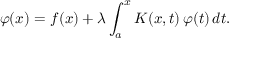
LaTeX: \varphi ( x ) = f ( x ) + \lambda \int _ { a } ^ { x } K ( x , t ) \, \varphi ( t ) \, d t .